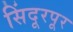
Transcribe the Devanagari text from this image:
सिंदूरपूर